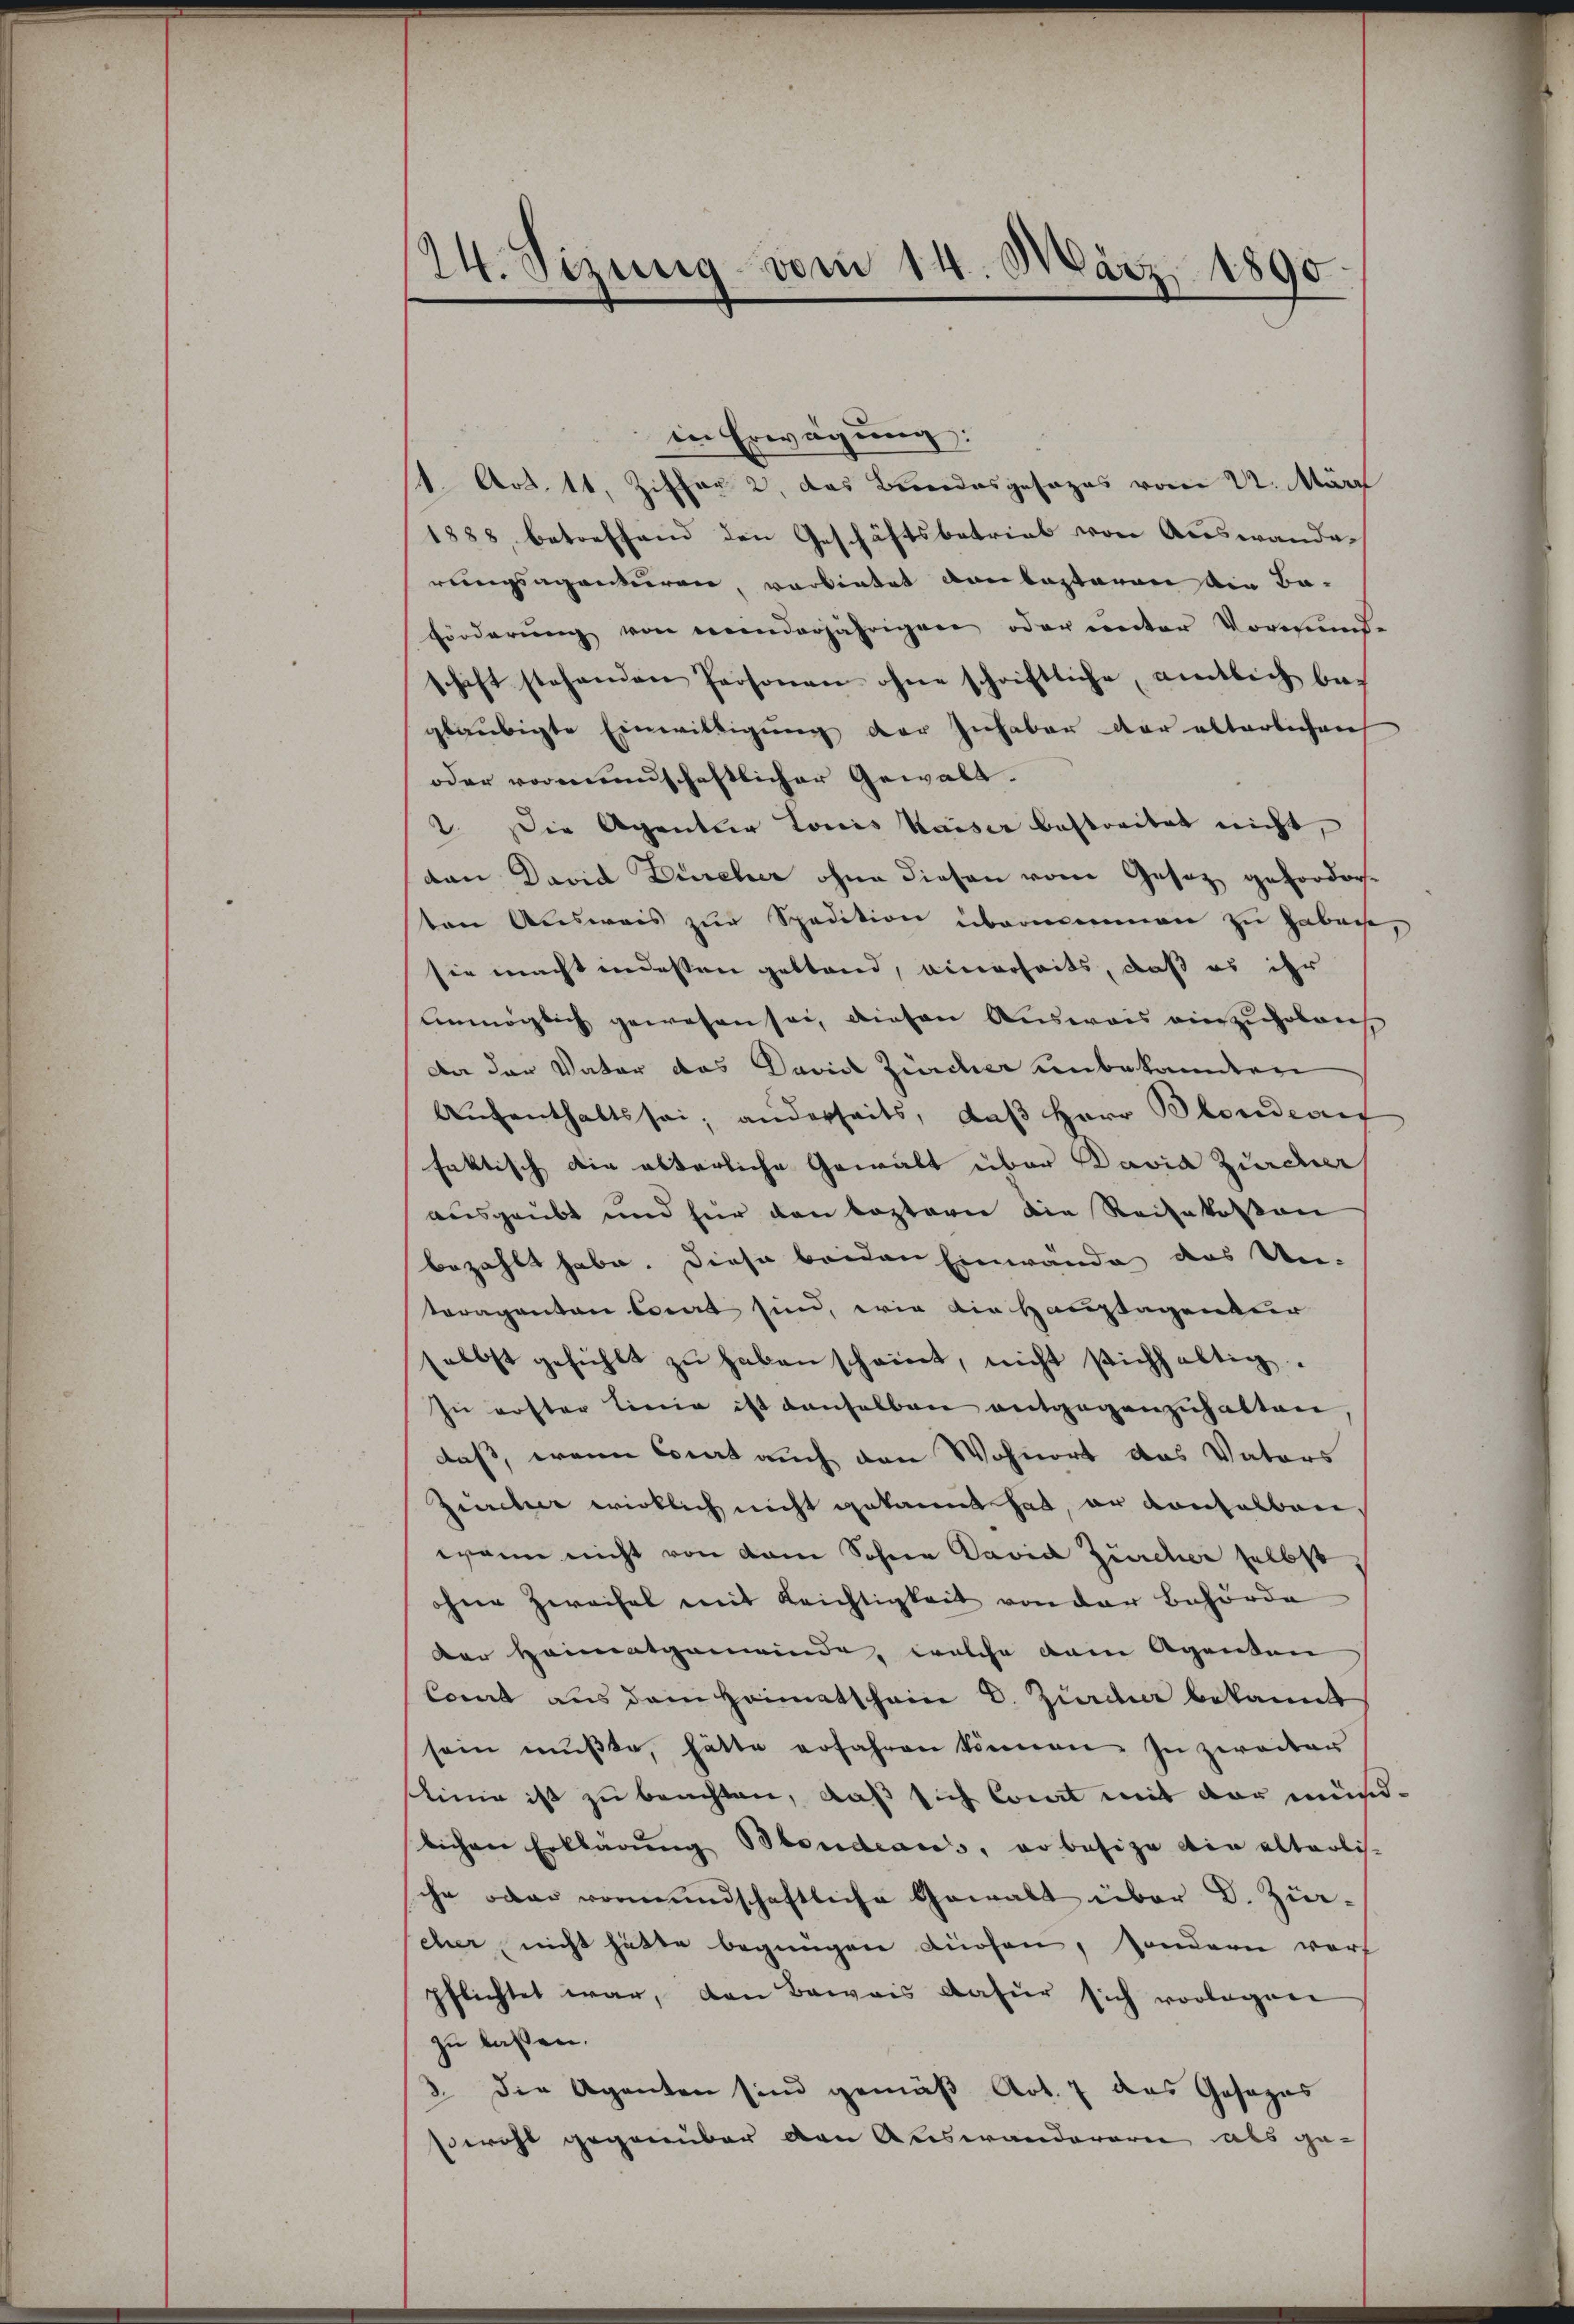
124. Sizung vom 14. März 1890

in Erwägung:
/1. Art. 11, Ziffer 2, das Brodesgesages vom 22. Mär
1888 betreffend den Geschäftsbetrieb von Auswandes
rungsagentiren, vorbietet von lasteren die Baförderŭng von meinderjährigen oder unter Vormund-
schaft stehenden Personen ohne schriftliche amtlich beglaubigte Einwilligung der Inhaber der alterlichen
oder vormundschaftlicher Gewalt.
2. Die Agentier Louis Kaiser bestreitet nicht,
dan David Dürcher ohne diesen vom Gesetz geforderten Ausweis zur Spedition übernommen zu gebach,
sie macht indessen gestand, einerseits, daß es ihr
Unmöglich gewesen sei, diesen Ausweis einzuholen
An der Vater das Daviel Zürcher unbekannten
Aŭfenthaltssei; anderseits, daβ Herr Blondeaus
faktisch die alterliche Gewalt über David Zürcher
ausgeübt und für den besterer die Reisekosten
bezahlt habe. Diese beiden Einwände das Un-
raganten berirt sind, wie die Hauptagenbur
elbst gefühlt zŭ haben scheint, nicht stichhaltig.
In erster Linie ist denselben entgegenzuhalten
daß, wenn Corat auch den Wohnort das Vaters
Zürcher wirklich nicht gekannt hat, er denselben,
wann nicht von dem Sohnen David Zürcher selbst
ohne Zweifel mit Reichtigkeit von der Behörde
Der Heimatgemeinde, welche dem Agenten
Comit aus dem Heimatschein C. Zürcher bekannt
sein mŭβte, hätte erfahren können. In zweiter
linie ist zu beachten, daß sich Court mit der mündlichen Erklärung Blondeaus, er besize die alterlis-
ihr oder vormundschaftliche Gewalt über d. Züreher nicht hätte begnügen dürfen, sondern worf
pflichtet war, den Beweis dafür sich vorlegene
zu lassen.
3. die Agenten sind gemäß Art. 7 des Gosagas
swohl gegenüber den Auswanderere als ge-